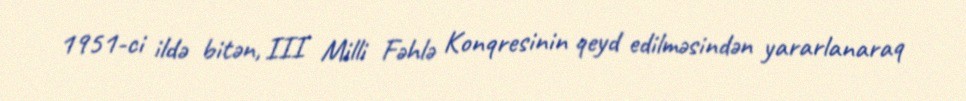
1951-ci ildə bitən, III Milli Fəhlə Konqresinin qeyd edilməsindən yararlanaraq